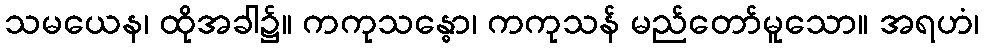
သမယေန၊ ထိုအခါ၌။ ကကုသန္ဓော၊ ကကုသန် မည်တော်မူသော။ အရဟံ၊